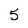
Character: 5